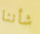
شأننا